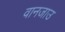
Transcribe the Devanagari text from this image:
वानजाउ